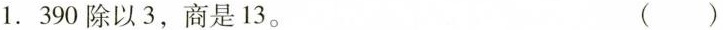
1. 390除以3，商是13。 ( )